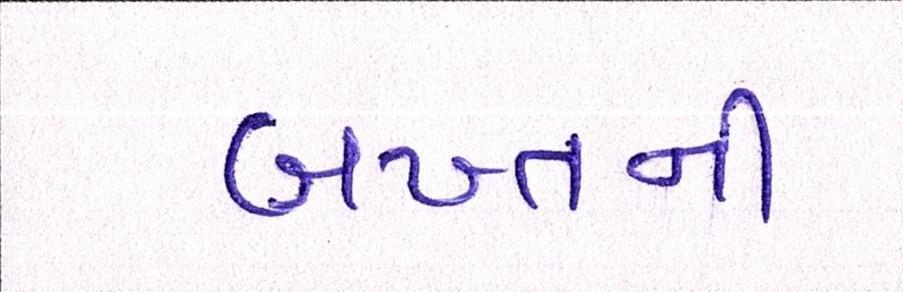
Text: બખ્તની